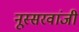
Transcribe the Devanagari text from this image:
नूस्सरवांजी